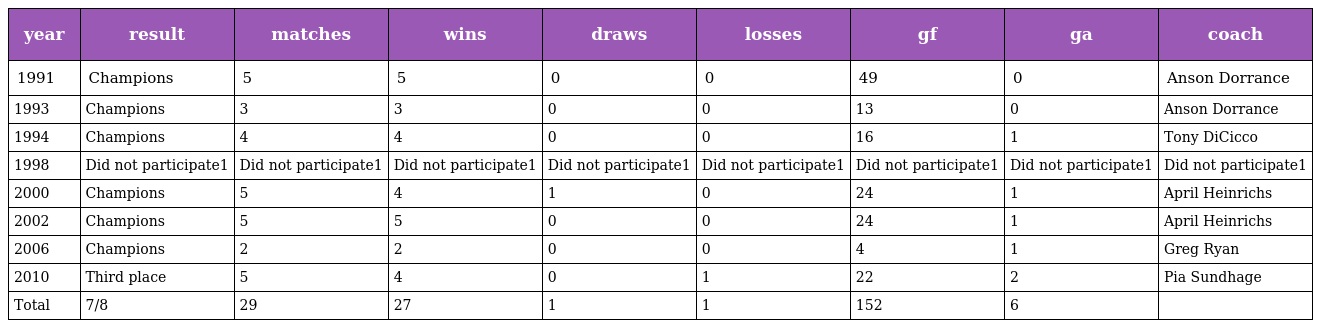
| year | result | matches | wins | draws | losses | gf | ga | coach |
 | --- | --- | --- | --- | --- | --- | --- | --- | --- |
 | 1991 | Champions | 5 | 5 | 0 | 0 | 49 | 0 | Anson Dorrance |
 | 1993 | Champions | 3 | 3 | 0 | 0 | 13 | 0 | Anson Dorrance |
 | 1994 | Champions | 4 | 4 | 0 | 0 | 16 | 1 | Tony DiCicco |
 | 1998 | Did not participate1 | Did not participate1 | Did not participate1 | Did not participate1 | Did not participate1 | Did not participate1 | Did not participate1 | Did not participate1 |
 | 2000 | Champions | 5 | 4 | 1 | 0 | 24 | 1 | April Heinrichs |
 | 2002 | Champions | 5 | 5 | 0 | 0 | 24 | 1 | April Heinrichs |
 | 2006 | Champions | 2 | 2 | 0 | 0 | 4 | 1 | Greg Ryan |
 | 2010 | Third place | 5 | 4 | 0 | 1 | 22 | 2 | Pia Sundhage |
 | Total | 7/8 | 29 | 27 | 1 | 1 | 152 | 6 |  |